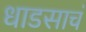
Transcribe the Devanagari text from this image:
धाडसाचं